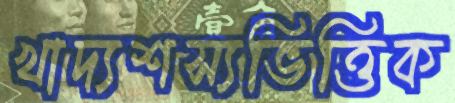
খাদ্যশস্যভিত্তিক